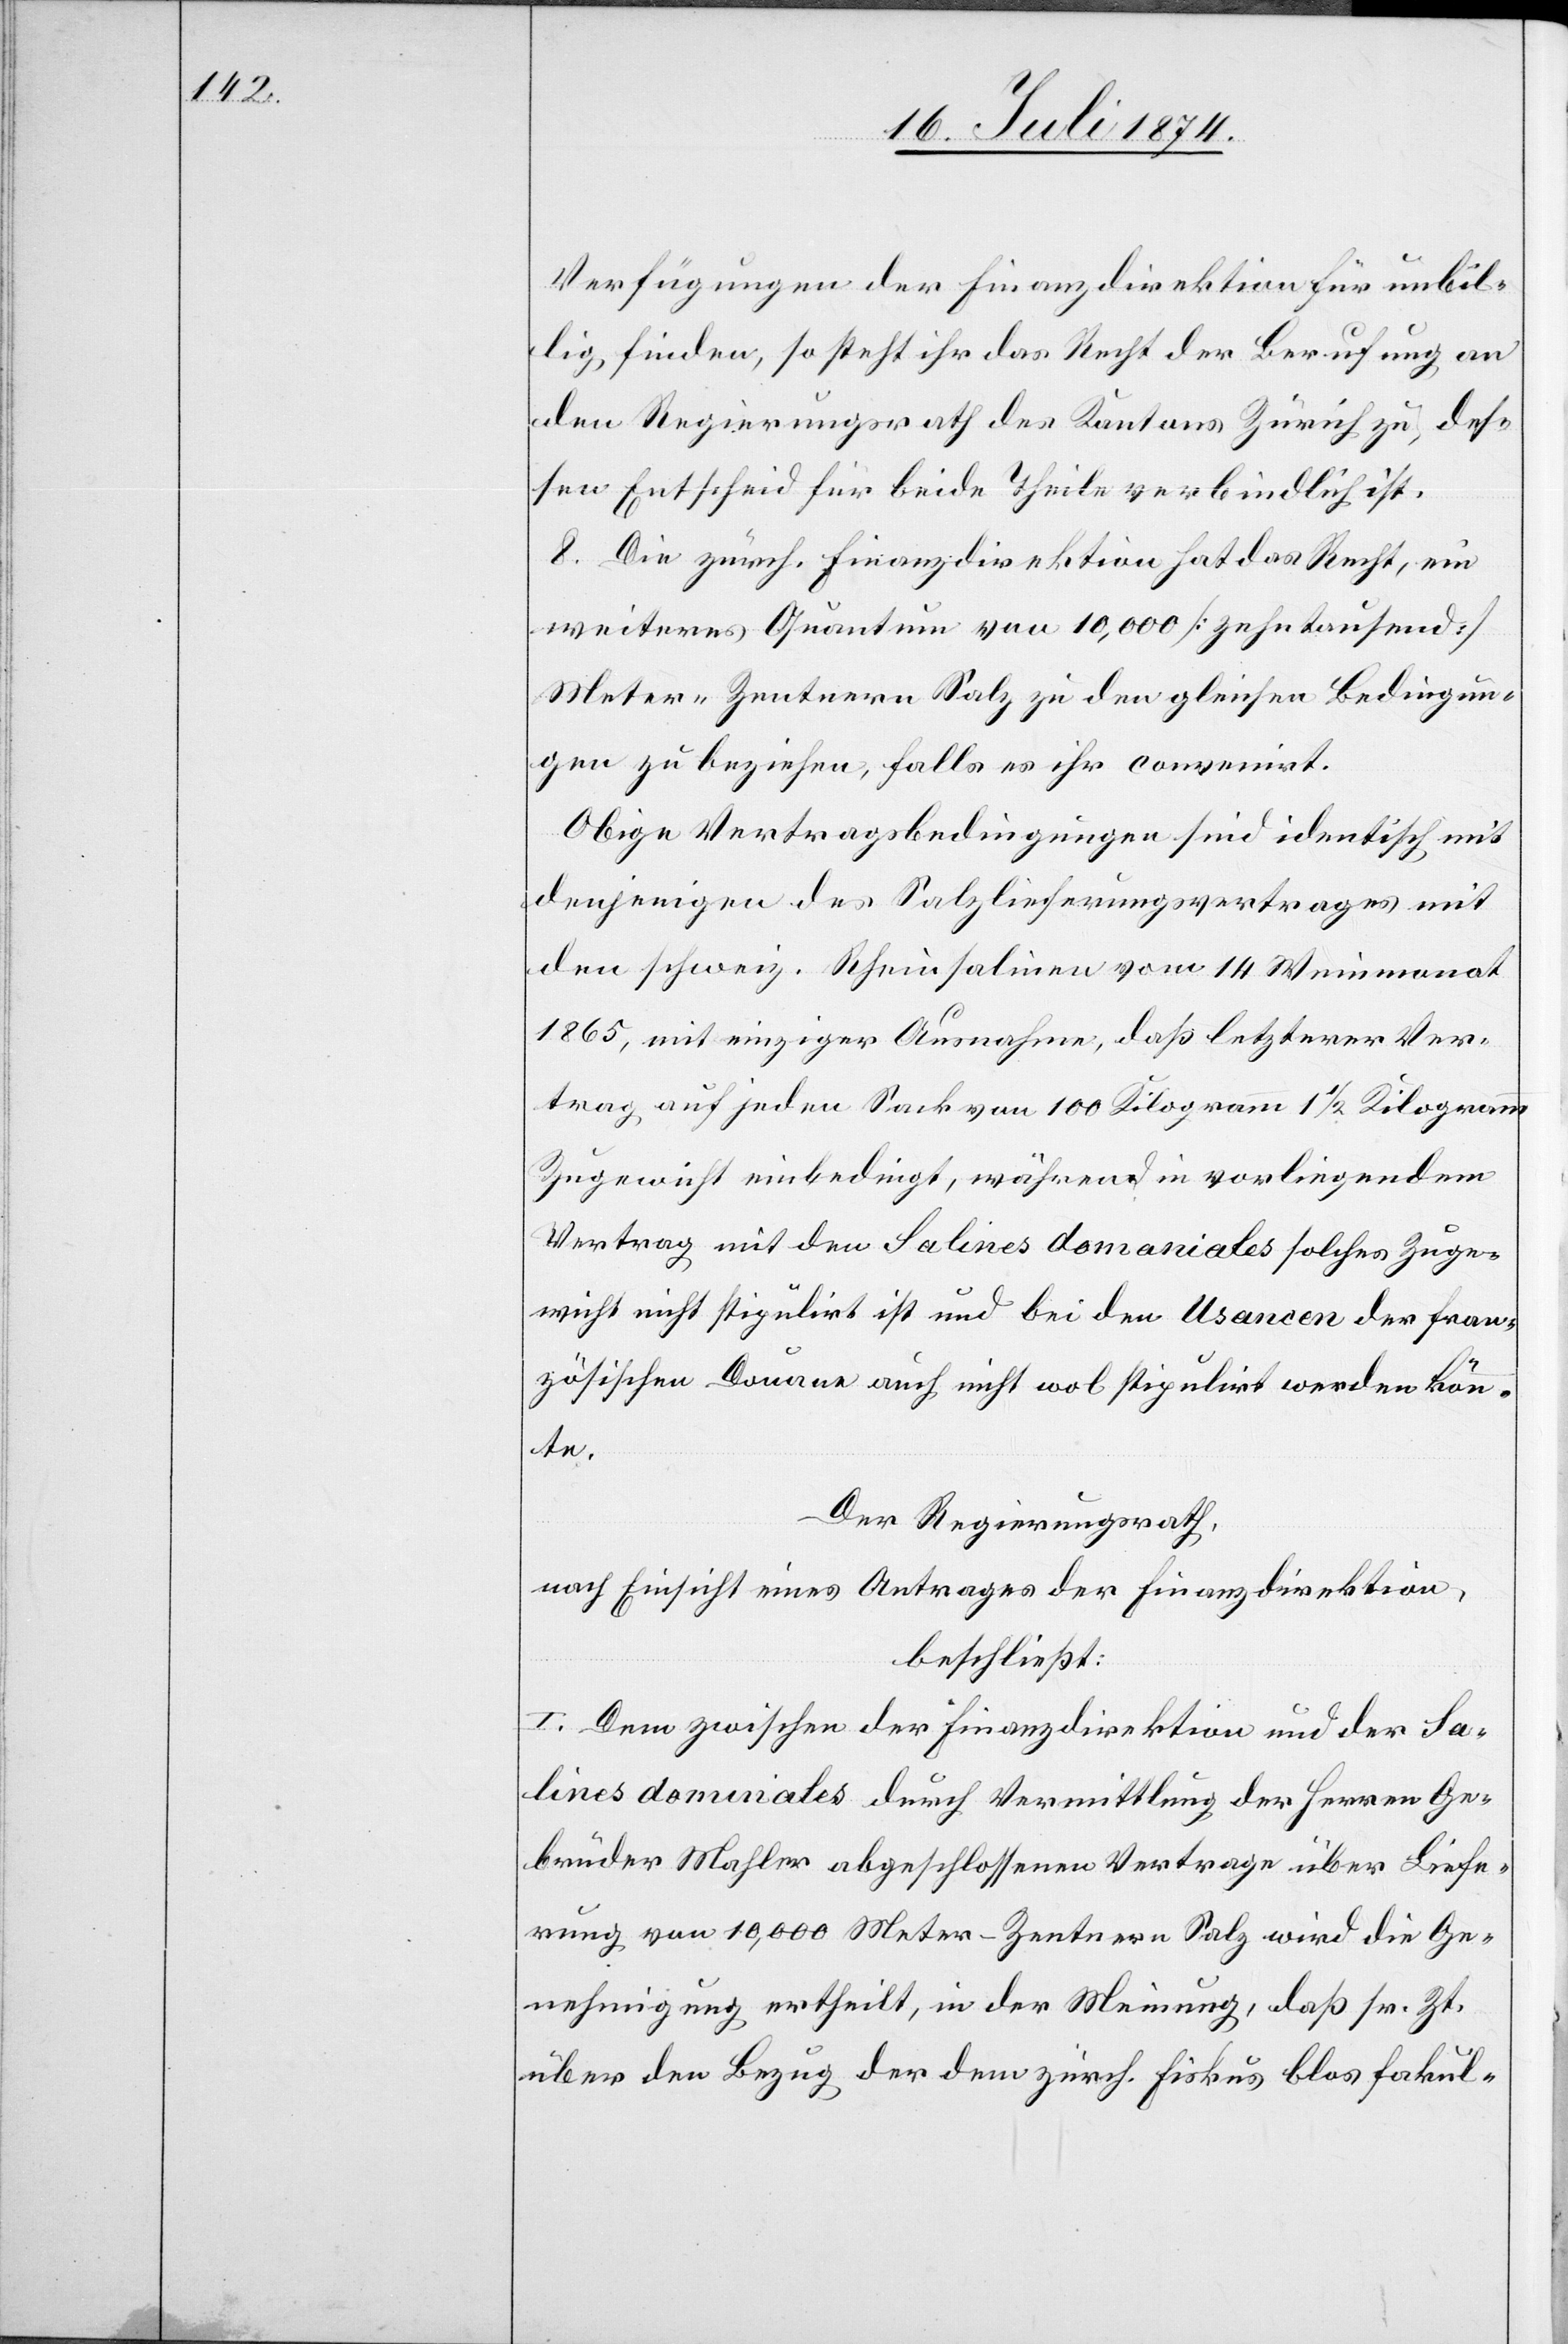
Verfügungen der Finanzdirektion für unbil¬
lig finden, so steht ihr das Recht der Berufung an
den Regierungsrath des Kantons Zürich zu, des¬
sen Entscheid für beide Theile verbindlich ist.
8. Die zürch. Finanzdirektion hat das Recht, ein
weiteres Quantum von 10,000 [zehntausend]
Meter-Zentnern Salz zu den gleichen Bedingun¬
gen zu beziehen, falls es ihr convenirt.
Obige Vertragsbedingungen sind identisch mit
denjenigen des Salzlieferungsvertrages mit
den schweiz. Rheinsalinen vom 14. Weinmonat
1865, mit einziger Ausnahme, daß letzterer Ver¬
trag auf jeden Sack von 100 Kilogramm 1 1/2 Kilogramm
Zugewicht einbedingt, während in vorliegendem
Vertrag mit den Salines domaniales solches Zuge¬
wicht nicht stipulirt ist und bei den Usancen der fran¬
zösischen Douane auch nicht wol stipulirt werden könn¬
te.
Der Regierungsrath,
nach Einsicht eines Antrages der Finanzdirektion,
beschließt:
I. Dem zwischen der Finanzdirektion und der Sa¬
lines dominales [sic!] durch Vermittlung der Herren Ge¬
brüder Mahler abgeschlossenen Vertrage über Liefe¬
rung von 10,000 Meter-Zentner Salz wird die Ge¬
nehmigung ertheilt, in der Meinung, daß sr. Zt.
über den Bezug der dem zürch. Fiskus blos fakul-